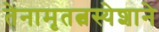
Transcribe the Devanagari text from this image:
तेनामृतत्वस्येशाने